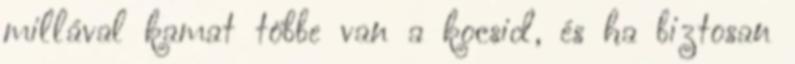
millával kamat többe van a kocsid, és ha biztosan